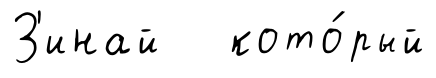
З'инай кото́рый